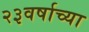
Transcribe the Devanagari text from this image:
२३वर्षाच्या